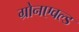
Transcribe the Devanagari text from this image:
ग्रोनएवल्ड